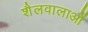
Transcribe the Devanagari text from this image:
शैलवालाओं